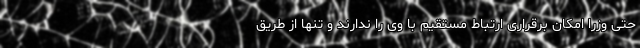
حتی وزرا امکان برقراری ارتباط مستقیم با وی را ندارند و تنها از طریق